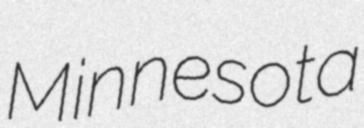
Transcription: Minnesota